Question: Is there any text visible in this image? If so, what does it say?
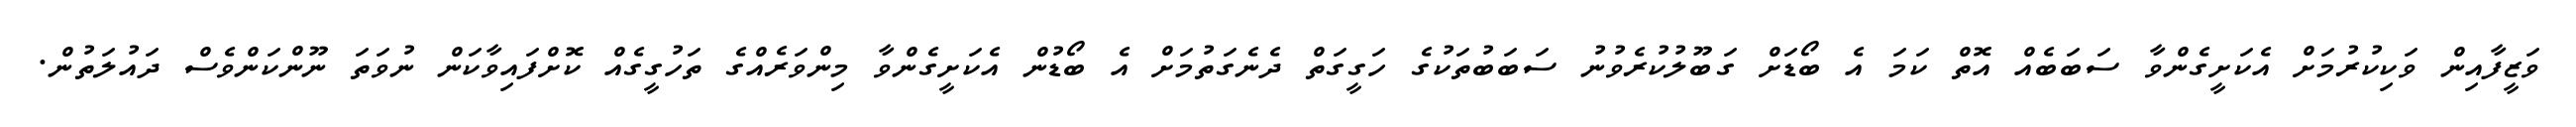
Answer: ވަޒީފާއިން ވަކިކުރުމަށް އެކަށީގެންވާ ސަބަބެއް އޮތް ކަމަ އެ ބޯޑަށް ގަބޫލުކުރެވުނު ސަބަބުތަކުގެ ހަގީގަތް ދެނެގަތުމަށް އެ ބޯޑުން އެކަށީގެންވާ މިންވަރެއްގެ ތަހުގީގެއް ކޮށްފައިވާކަން ނުވަތަ ނޫންކަންވެސް ދައުލަތުން.